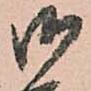
御